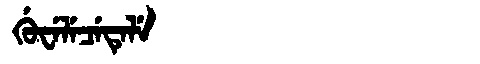
Manchu: ᡤᡠᠸᡝᠯᡝᠴᡝᡨᡝᠯᡝ
Romanization: GUWELECETELE